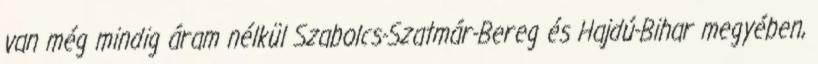
van még mindig áram nélkül Szabolcs-Szatmár-Bereg és Hajdú-Bihar megyében,